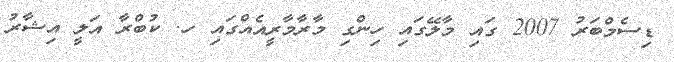
ޑިސެމްބަރު 2007 ގައި މާލޭގައި ހިންގި މާރާމާރީއެއްގައި ހ. ކުބްރާ އަލީ އިޝާރު